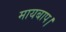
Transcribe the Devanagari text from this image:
मायबाप।